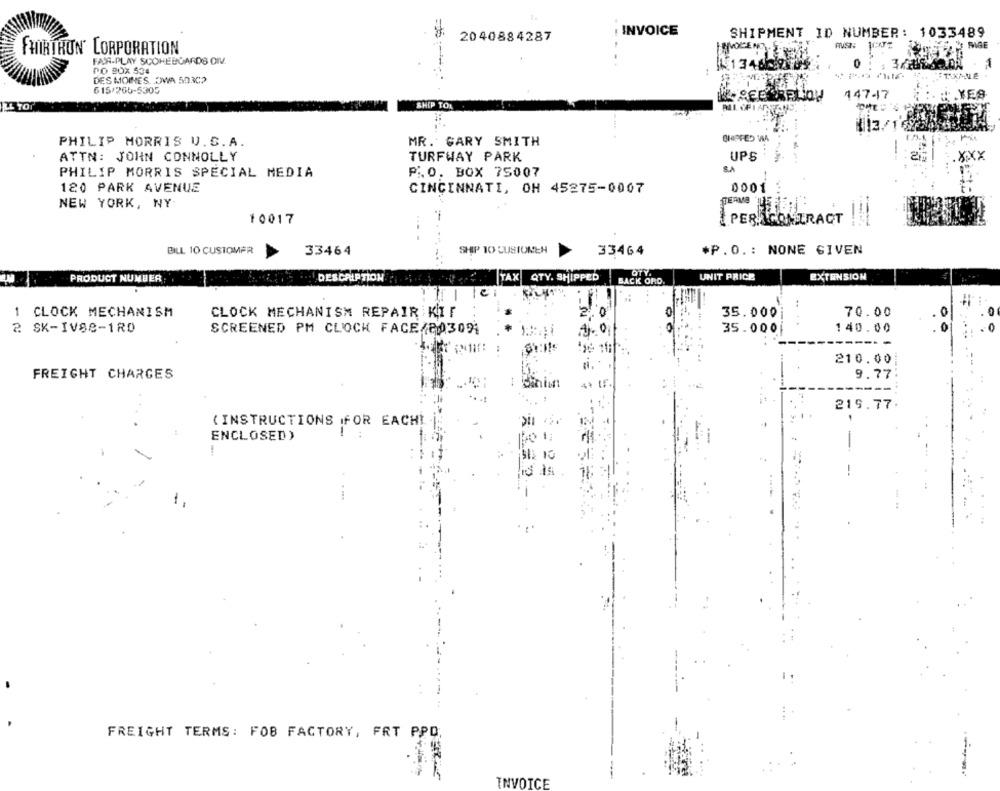
. INVOICE
SHIPMENT ID NUMBER: 1033489
2040884287
AVOCENT
RIGE
FHIRTRUN' CORPORATION
FAIR-PLAY SCOHEBOARDS OMV.
PO BOX 534
4134629809
DES MOINES. DWA 50302
615/265-5305
14747
: YES
SHIP TOA
PHILIP MORRIS U.S.A.
MR. GARY SMITH
SHIPPED WIA
ATTN: JOHN CONNOLLY
TURFWAY PARK
UPS
.XXX
PHILIP MORRIS SPECIAL MEDIA
P.O. BOX 75007
S.A
120 PARK AVENUE
CINCINNATI, OH 45275-0007
0001
NEW YORK, NY
10017
-
PER CONTRACT !!!
BILL 10 CUSTOMER
33464
SHIP 10 CUSTOMEN
33464
*P.O .: NONE GIVEN
DESCRIPTION
AX QTY. SHIPPED
QTY
UNIT PRICE
EXTENSION
PRODUCT NUMBER:
BACK ORO
1 CLOCK MECHANISM
CLOCK MECHANISM REPAIR KIT
35.0001
70.00
....
2 SK-IV88-1RD
SCREENED PM CLOCK FACE/803091
35.000|
140.00
210.00
FREIGHT CHARGES
9.77
----
219.77.
(INSTRUCTIONS FOR EACH!
ENCLOSED)
FREIGHT TERMS: FOB FACTORY, FRT PPO.
INVOICE